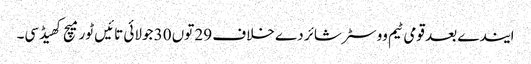
ایندے بعد قومی ٹیم ووسٹر شائر دے خلاف 29 توں 30 جولائی تائیں ٹور میچ کھیڈسی۔